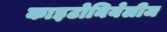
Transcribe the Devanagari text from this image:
काइटोनियेलीज